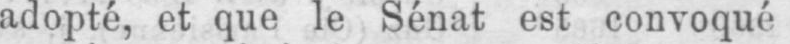
adopté, et que le Sénat est convoqué